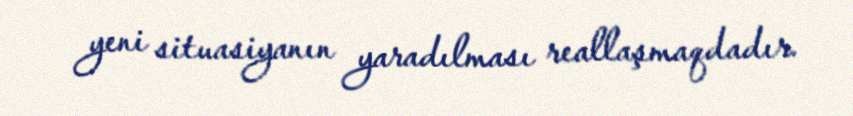
yeni situasiyanın yaradılması reallaşmaqdadır.